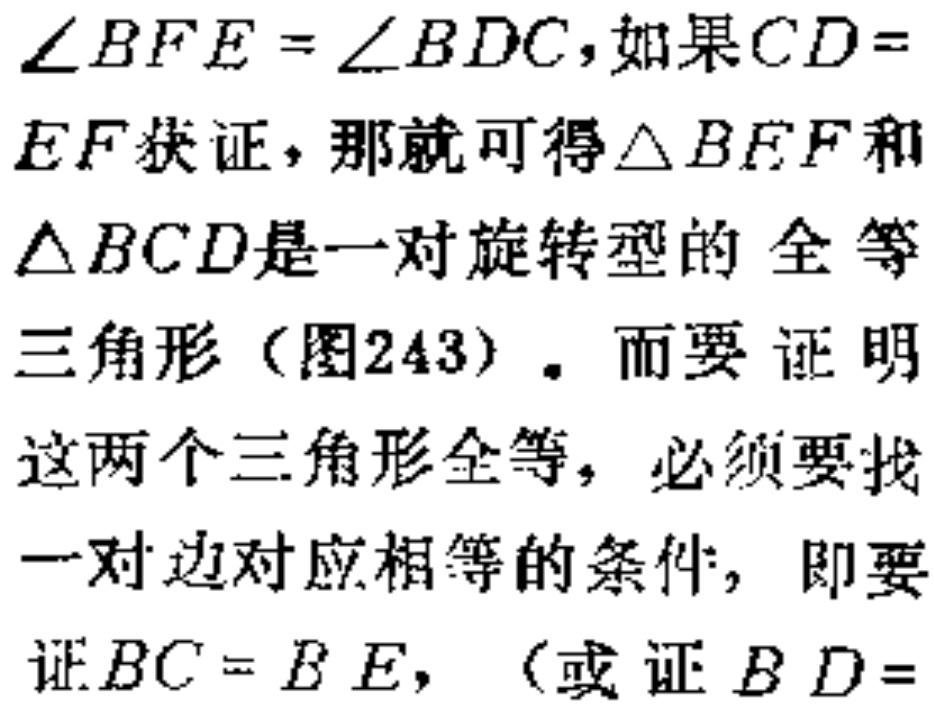
$\angle BFE=\angle BDC$,如果$CD = EF$获证，那就可得$\triangle BEF$和$\triangle BCD$是一对旋转型的 全等三角形（图243）. 而要证明这两个三角形全等，必须要找一对边对应相等的条件，即要证$BC = BE$,（或证$BD =$